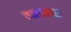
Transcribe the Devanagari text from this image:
वनाजवळ